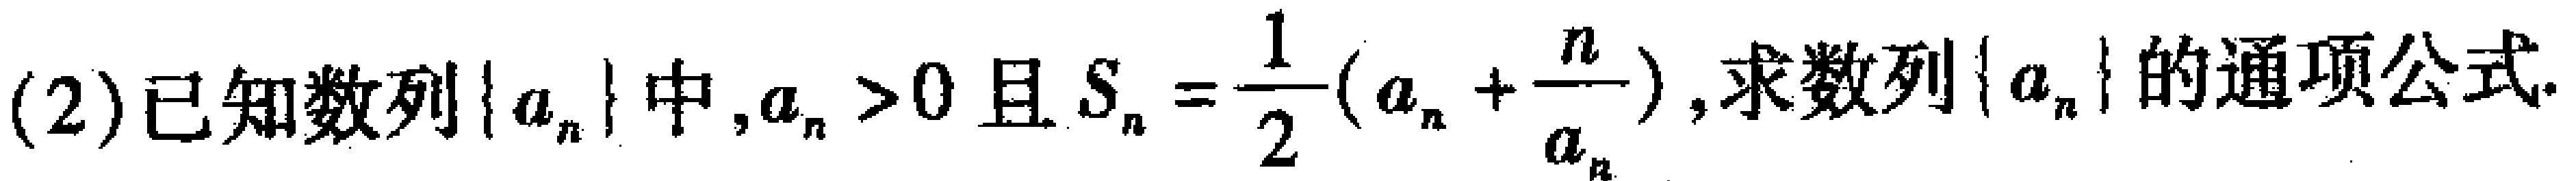
(2)已知数列\(\{ a_{n}\}\)中,\(a_{n}>0\)且\(S_{n}=\frac{1}{2}(a_{n}+\frac{n}{a_{n}})\),求数列\(\{ a_{n}\}\)的通项公式.